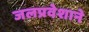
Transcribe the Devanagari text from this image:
जलप्रवेशाने